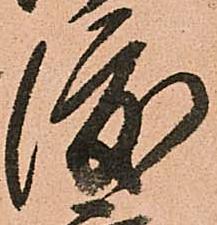
渡